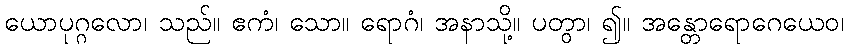
ယောပုဂ္ဂလော၊ သည်။ ဧကံ၊ သော။ ရောဂံ၊ အနာသို့။ ပတွာ၊ ၍။ အန္တောရောဂေယေဝ၊